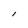
Character: l